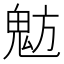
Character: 𩲠